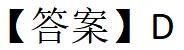
【答案】D